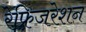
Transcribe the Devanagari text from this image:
रेफ़्रिजरेशन